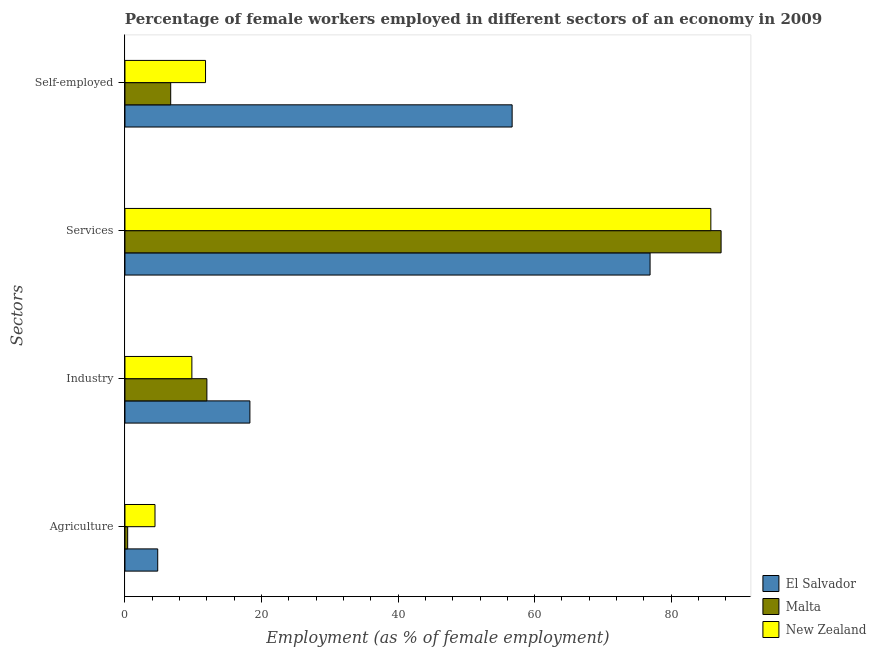
| Sectors | El Salvador | Malta | New Zealand |
 | --- | --- | --- | --- |
 | Agriculture | 4.8 | 0.4 | 4.4 |
 | Industry | 18.3 | 12 | 9.8 |
 | Services | 76.9 | 87.3 | 85.8 |
 | Self-employed | 56.7 | 6.7 | 11.8 |